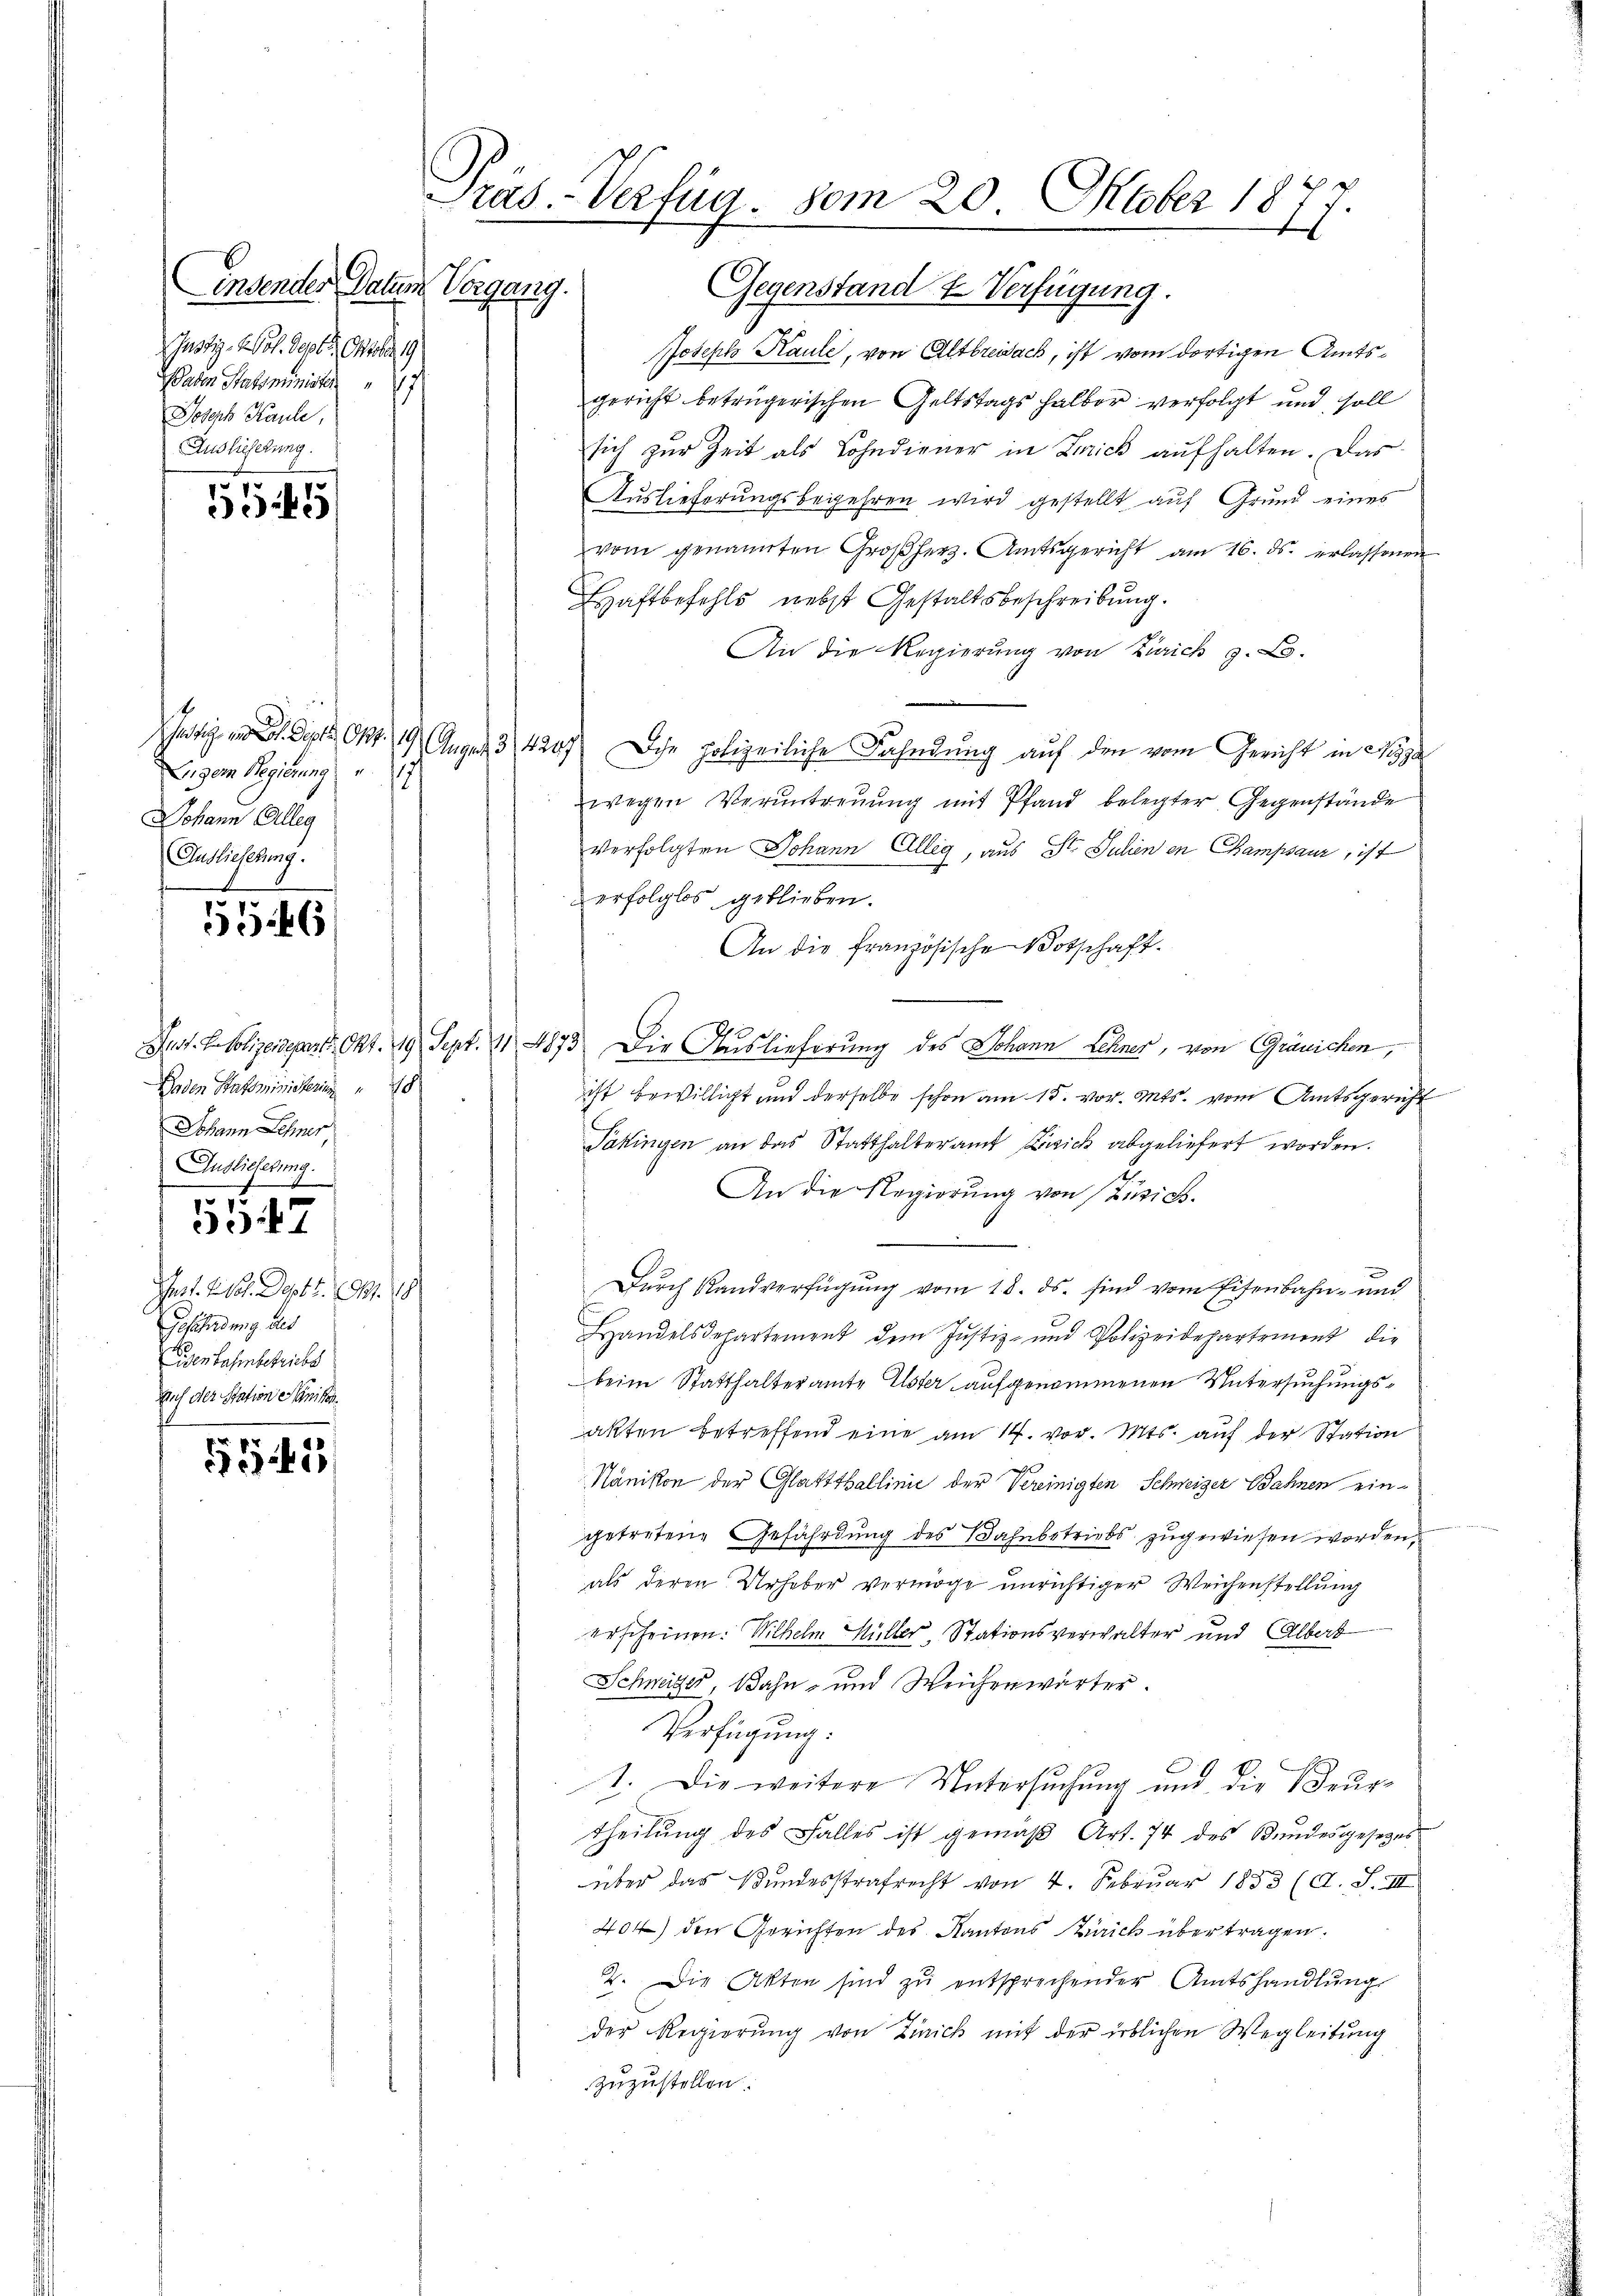
insender Paten Vorgang.
 Justiz. Mo. Sept. Orte 19
aten Ratsminister
Joseph Kaule,
Auslieferung.
1

551/

hatigen . . . 29. Augen, 3/1229
igem Regierung
Johann Alleg
Auslieferung.

46

Laden Statsministerius 18
Johann Lehmer,
Auslieferung.
Ihrt. 219. Dept. 147. 19
Geschindung des
Legen Bahnbetriebs
Auf der Station Minikon

15
347

543

Pras. - Verfüg. vom 20. Oktober 1877

Gegenstand & Verfügung.
Joseph Kaule, von Altbreisack, ist vom dortigen Amtsgericht betrügerischen Geltstags halber verfolgt und soll
sich zur Zeit als Lohndiener in Zurick aufhalten. Das
Auslieferungsbegehren wird gestellt auf Grund eines
vom genannten Großherz. Amtsgericht am 16. ds. erlassenen
Haftbefehls nebst Gestaltsbeschreibung.
An die Regierung von Zürich z. B.
Iche polizeiliche Fahndung auf den vom Gericht in Nizza
wegen Veruntreuung mit Pfand belegter Gegenstände
verfolgten Johann Alleg, aus St. Julien en Champsauz, ist
erfolglos geblieben.
An die französische Botschaft.
e
Just. Polizeidepart. Okt. 19. Sept. 11. 4873. Die Auslieferung des Johann Lehner, von Gränichen,
ist bewilligt und derselbe schon am 15. vor. Mts. vom Amtsgericht
Pattingen an das Statthalteramt Zusick abgeliefert worden.
An die Regierung von Zürich.
Dŭrch Randverfügŭng vom 18. ds. sind vom Eisenbahn- und
Handelsdepartement dem Justiz- und Polizeidepartement die
beim Statthalteramte Elster aufgenommenen Untersuchungsakten betreffend eine am 14. vor. Mts. auf der Station
Nänikon der Glatttballinić der Vereinigten Schweizer Bahnen ein-
getretene Gefährdung des Bahnbetriebs zugewiesen worden,
als deren Urheber vermöge unrichtiger Weichenstellung
erscheinen. Wilhelm Müller, Stationsverwalter und Albert
Schweizer, Bahn- und Weichenwärter.
Verfügung:
1. Die weitere Untersuchung und die Beurtheilŭng des Falles ist gemäβ Art. 74 des Bŭndesgesezes
über das Bundesstrafrecht von 4. Februar 1833 (d. S. III
404) den Gerichten des Kantons Zürich über tragen.
2. Die Akten sind zŭ entsprechender Amtshandlŭng
der Regierung von Zürich mit der üblichen Wegleitung
zuzustellen.